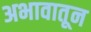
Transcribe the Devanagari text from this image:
अभावातून